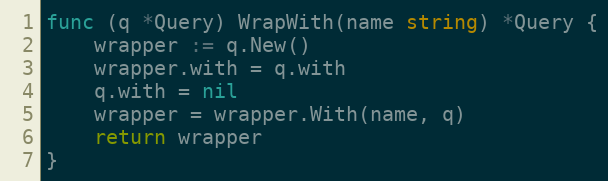
Language: Go
func (q *Query) WrapWith(name string) *Query {
	wrapper := q.New()
	wrapper.with = q.with
	q.with = nil
	wrapper = wrapper.With(name, q)
	return wrapper
}